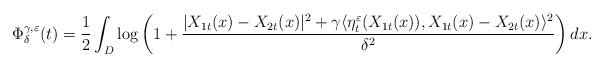
LaTeX: \begin{align*}\Phi_\delta^{\gamma,\varepsilon}(t)=\frac{1}{2}\int_{D}\log\left(1+\frac{|X_{1t}(x)-X_{2t}(x)|^2+\gamma \langle \eta_t^\varepsilon(X_{1t}(x)),X_{1t}(x)-X_{2t}(x)\rangle ^2}{\delta^2}\right)dx.\end{align*}